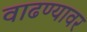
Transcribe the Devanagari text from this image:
वाढण्यावर